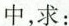
中求：